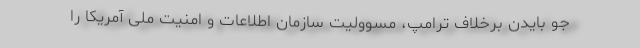
جو بایدن برخلاف ترامپ، مسوولیت سازمان اطلاعات و امنیت ملی آمریکا را